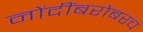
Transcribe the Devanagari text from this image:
नोंदींबरोबरच